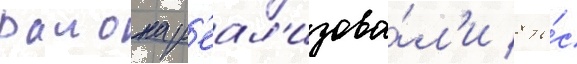
раиона р'еал'изова́л'и 8 ты́с